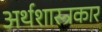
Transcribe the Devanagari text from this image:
अर्थशास्त्रकार